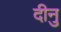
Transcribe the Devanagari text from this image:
दीनु